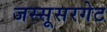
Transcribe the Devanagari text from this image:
जस्सूसरगेट